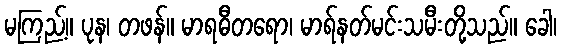
မကြည့်။ ပုန၊ တဖန်။ မာရဓီတရော၊ မာရ်နတ်မင်းသမီးတို့သည်။ ခေါ၊